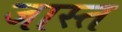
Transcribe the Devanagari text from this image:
जास्‍त्‍ा